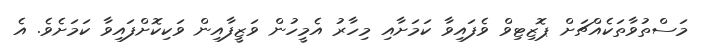
މަސްތުވާތަކެއްޗަށް ޕޮޒިޓިވް ވެފައިވާ ކަމަށާއި މިހާރު އެމީހުން ވަޒީފާއިން ވަކިކޮށްފައިވާ ކަމަށެވެ. އެ